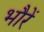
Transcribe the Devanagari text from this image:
भौरें